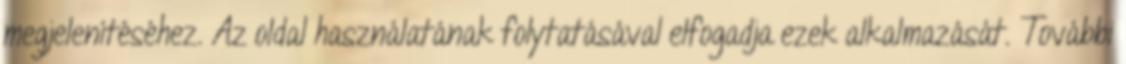
megjelenítéséhez. Az oldal használatának folytatásával elfogadja ezek alkalmazását. További